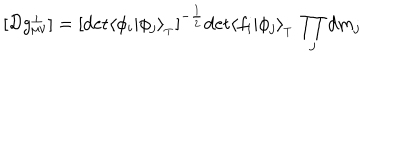
[ { \cal D } g _ { \mu \nu } ^ { \perp } ] = [ \mathrm { d e t } \langle \phi _ { i } \vert \phi _ { j } \rangle _ { _ T } ] ^ { - { \frac { 1 } { 2 } } } \mathrm { d e t } \langle f _ { i } \vert \phi _ { j } \rangle _ { _ T } \, \prod _ { j } d m _ { j }